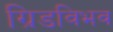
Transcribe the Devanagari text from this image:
ग्रिडविभव